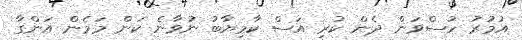
އުމުރު ހުސްވަން ދެން ކުރި އަސް ކާމިޔާބު ނުވާނެ ކަން މަމެން އަންގާ